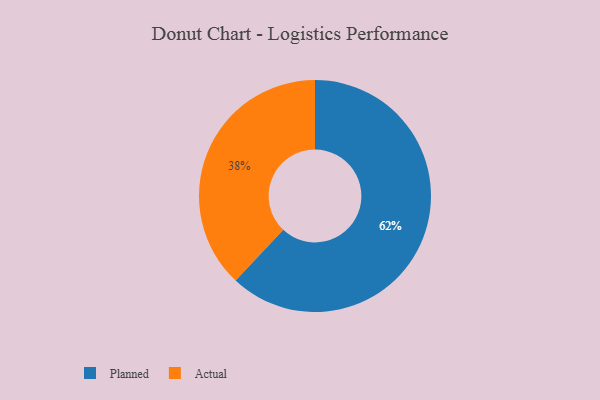
{"axis": {"x": "Category", "y": "Percentage"}, "legend": ["Actual", "Planned"], "data": [{"x": "Planned", "y": 62, "type": "Planned"}, {"x": "Actual", "y": 38, "type": "Actual"}]}